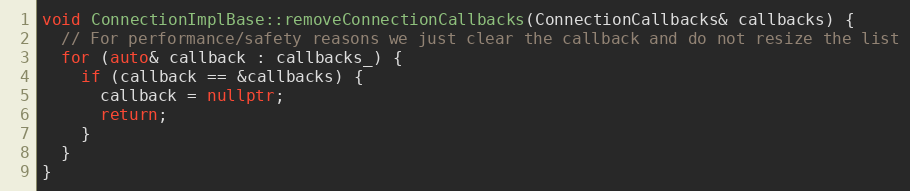
Language: C++
void ConnectionImplBase::removeConnectionCallbacks(ConnectionCallbacks& callbacks) {
  // For performance/safety reasons we just clear the callback and do not resize the list
  for (auto& callback : callbacks_) {
    if (callback == &callbacks) {
      callback = nullptr;
      return;
    }
  }
}